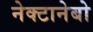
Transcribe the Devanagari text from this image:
नेक्टानेबो